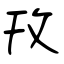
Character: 攼